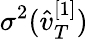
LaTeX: \sigma^{2}(\hat{v}_{T}^{[1]})